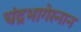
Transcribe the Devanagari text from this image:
चंद्रभागेस्नान